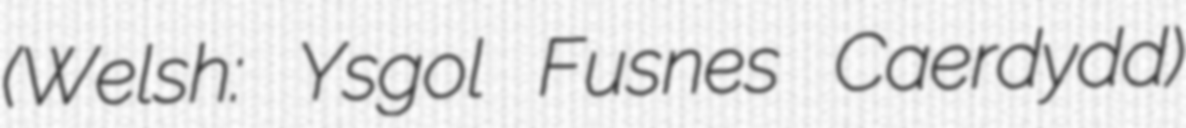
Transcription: (Welsh: Ysgol Fusnes Caerdydd)